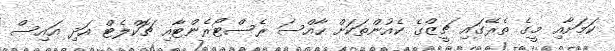
ކަމަށާއި މީގެ ތެރޭގައި ޗީޒްގެ ކެއުންތަކަށް ހާއްސަ ރެސްޓޯރެންޓާއި ޗޮކްލެޓް އަދި އައިސް